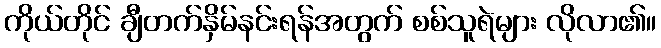
ကိုယ်တိုင် ချီတက်နှိမ်နင်းရန်အတွက် စစ်သူရဲများ လိုလာ၏။